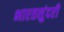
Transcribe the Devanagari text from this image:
भारतसुंदरी